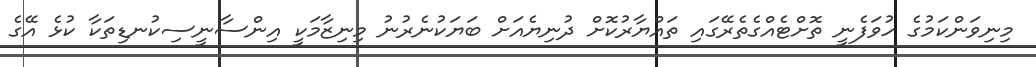
މިނިވަންކަމުގެ ހުވަފެނީ ތޮށްޓެއްގެތެރޭގައި ތައްޔާރުކޮށް ދުނިޔެއަށް ބަޔަކުނެރުނު މިނިޒާމަކީ އިންސާނީސިކުނޑިތަކާ ކުޅެ އޭގެ